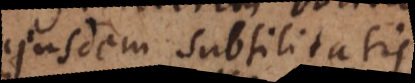
ejusdem subtilitatis